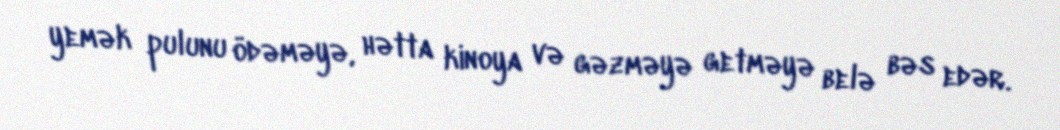
yemək pulunu ödəməyə, hətta kinoya və gəzməyə getməyə belə bəs edər.